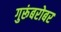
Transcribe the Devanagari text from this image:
गुरूंबरोबर